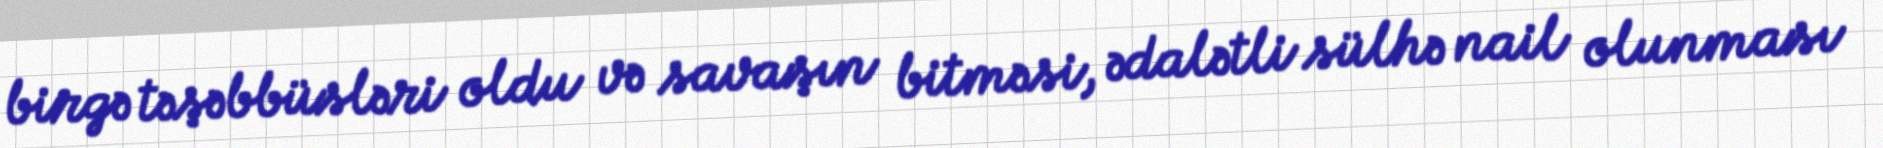
birgə təşəbbüsləri oldu və savaşın bitməsi, ədalətli sülhə nail olunması